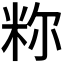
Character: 𫂼